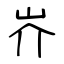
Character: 岕